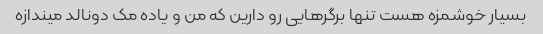
بسیار خوشمزه هست تنها برگرهایی رو دارین که من و یاده مک دونالد میندازه